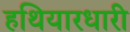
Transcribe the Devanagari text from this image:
हथियारधारी